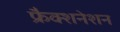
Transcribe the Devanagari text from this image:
फ्रैक्शनेशन